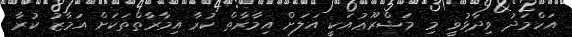
އަހްމަދު ވިދާޅުވީ މި މަޝްރޫޢުއަކީ އަލަށް އިމާރާތް ކުރާ އިމާރާތްތަކަށް އަމާޒު ކުރާ